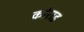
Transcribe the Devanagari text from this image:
कोराड